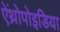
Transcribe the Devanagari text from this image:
ऐंथ्रोपोइडिया